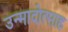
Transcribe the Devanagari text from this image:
उन्मादोत्साह